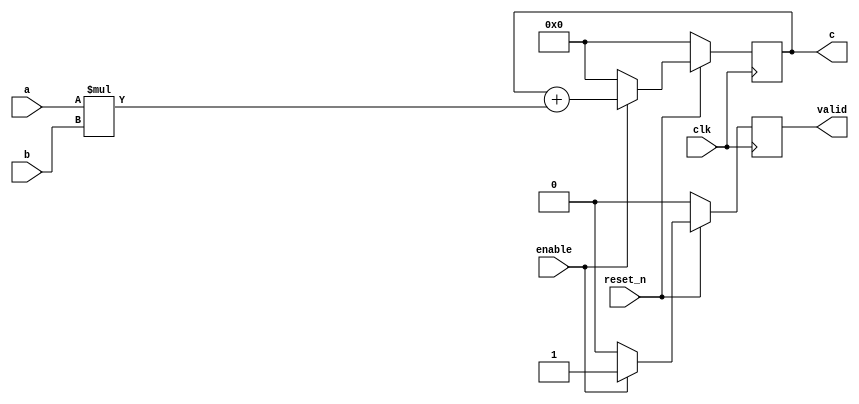
module mac_unit (
                input clk,
                input reset_n,
                input enable,
                input [7:0] a,
                input [7:0] b,
                output valid,
                output [15:0] c
                );

    reg [15:0] sum;
    reg val;

    assign c = sum;
    assign valid = val;

    always @(posedge clk) begin
        if (!reset_n) begin
            sum <= 16'b0000_0000_0000_0000;
            val <= 1'b0;
        end else if (enable) begin
            sum <= sum + (a*b);
            val <= 1'b1;
        end else begin
            sum <= 16'b0000_0000_0000_0000;
            val <= 1'b0;
        end

    end
endmodule